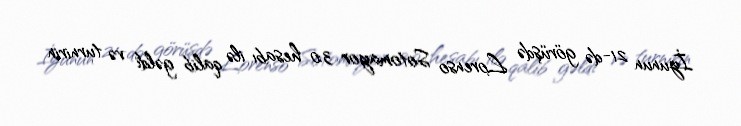
İyunun 21-də görüşdə Lorenso Sotomayor 3:0 hesabı ilə qalib gəldi və turnirin